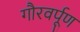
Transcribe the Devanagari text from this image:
गौरवर्पूण